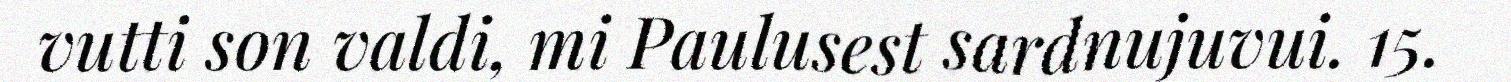
vutti son valdi, mi Paulusest sardnujuvui. 15.